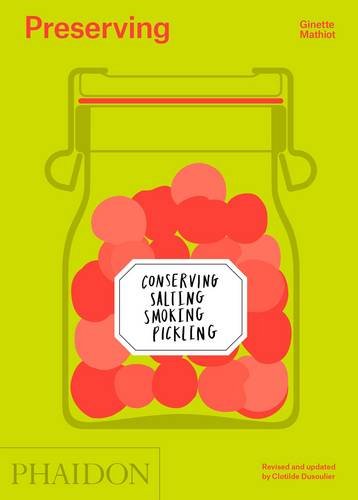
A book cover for Preserving: Conserving, Salting, Smoking, Pickling; Ginette Mathiot; Cookbooks, Food & Wine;